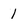
Character: 1